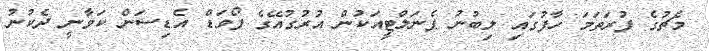
މެޗުގެ ފުރަތަމަ ހާފުގައި ލިބުނު ޕެނަލްޓީއަކުން އުރުގުއޭގެ ފޯވަޑް އެޑިސަން ކަވާނީ ދެކުނު